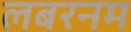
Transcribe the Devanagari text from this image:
लबरनम